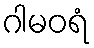
ဂါမဝရံ